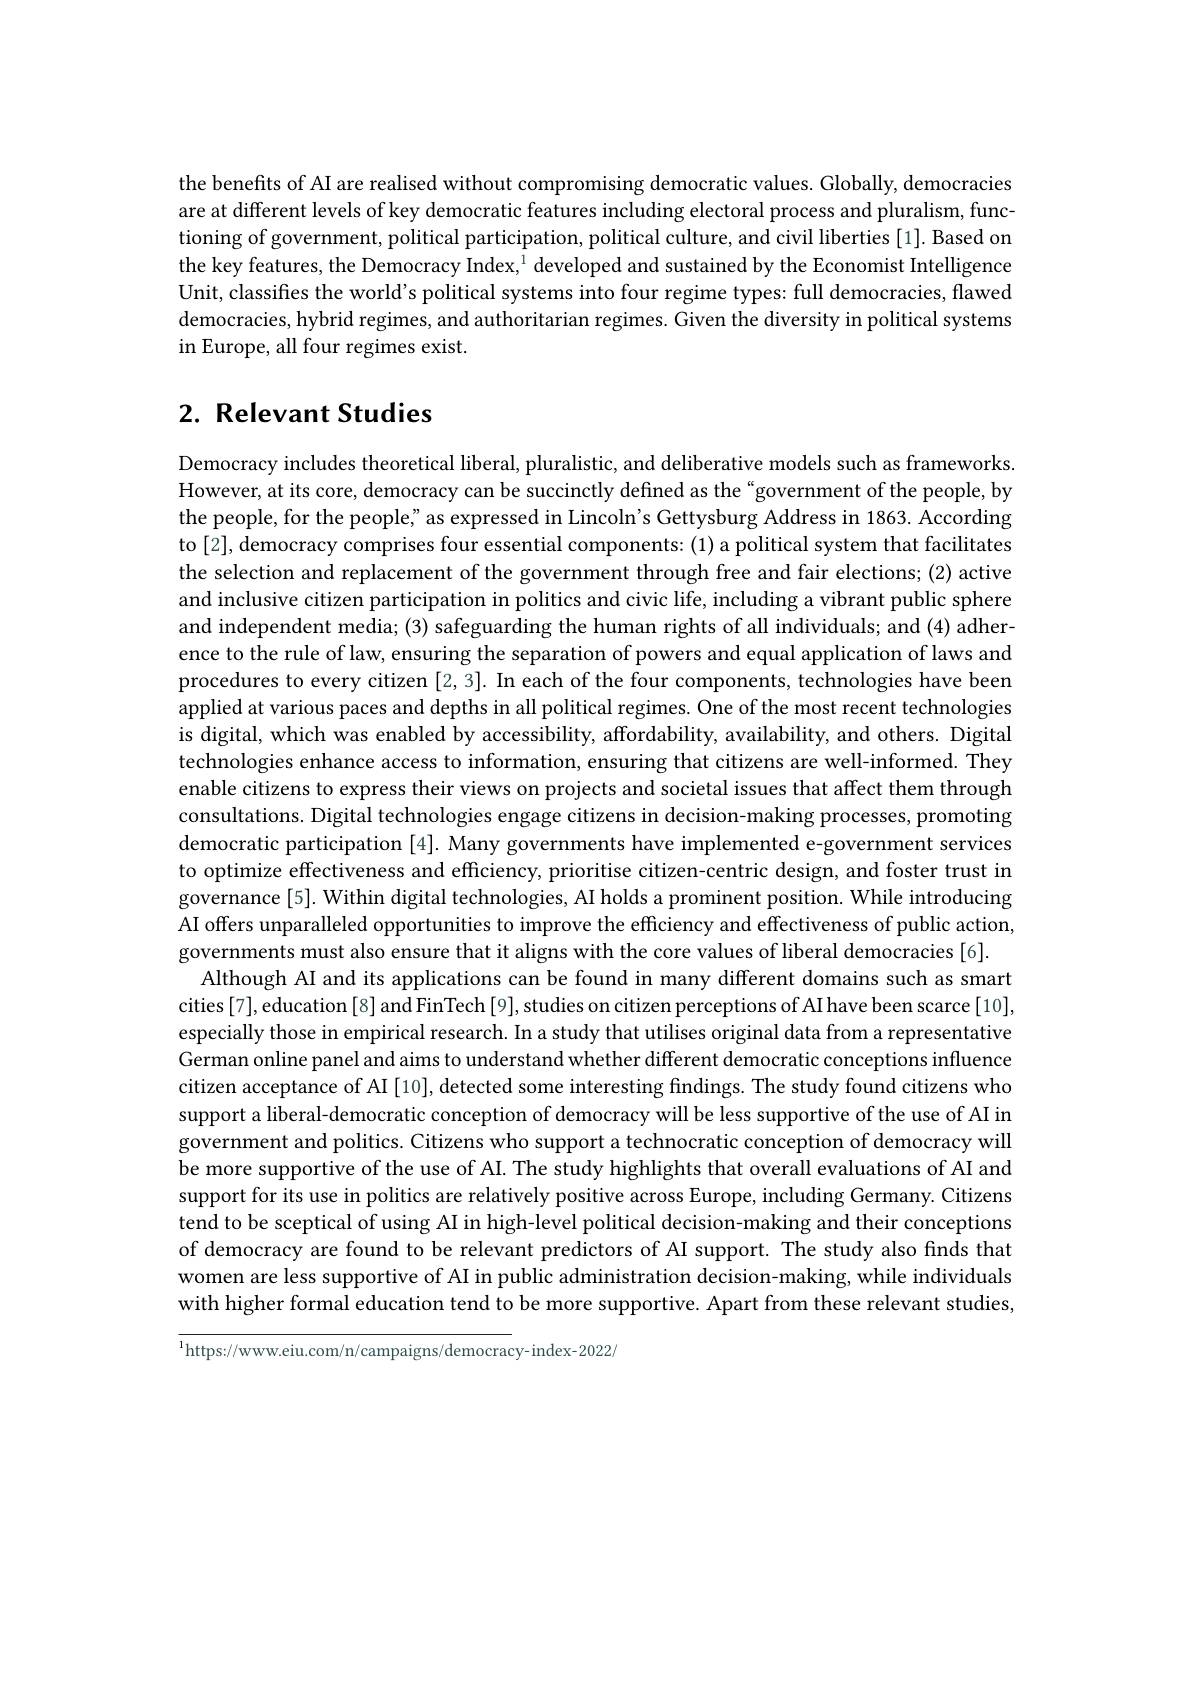
the benefits of AI are realised without compromising democratic values. Globally, democracies are at different levels of key democratic features including electoral process and pluralism, funce at different levels of key democratic features including electoral process and pluralism, funes prestin $(x)=0$ sting sting sting sting sting sting sting tioning of government, political participation, political culture, and civil liberties [1]. Based on the key features, the Democracy Index, $^1$ developed and sustained by the Economist Intelligence Unit, classifies the world's political systems into four regime types: full democracies, flawed democracies, hybrid regimes, and authoritarian regimes. Given the diversity in political systems in Europe, all four regimes exist.

# 2. Relevant Studies

Democracy includes theoretical liberal, pluralistic, and deliberative models such as frameworks. However, at its core, democracy can be succinctly defined as the "government of the people, by the people, for the people" as expressed in Lincoln's Gettysburg Address in 1863. According to [2], democracy comprises four essential components: (1) a political system that facilitates the selection and replacement of the government through free and fair elections; (2) active and inclusive citizen participation in politics and civic life, including a vibrant public sphere and independent media; (3) safeguarding the human rights of all individuals; and (4) adherence to the rule of law, ensuring the separation of powers and equal application of laws and procedures to every citizen [2,3]. In each of the four components, technologies have been applied at various paces and depths in all political regimes. One of the most recent technologies is digital, which was enabled by accessibility, affordability, availability, and others. Digital technologies enhance access to information, ensuring that citizens are well-informed. They enable citizens to express their views on projects and societal issues that affect them through consultations. Digital technologies engage citizens in decision-making processes, promoting democratic participation [4]. Many governments have implemented e-government services to optimize effectiveness and effciency, prioritise citizen-centric design, and foster trust in governance[5]. Within digital technologies, AI holds a prominent position. While introducing AI offers unparalleled opportunities to improve the effciency and effectiveness of public action, governments must also ensure that it aligns with the core values of liberal democracies [6].
Although AI and its applications can be found in many different domains such as smart cities[7], education[8] and FinTech[9], studies on citizen perceptions of AI have been scarce[10], especially those in empirical research. In a study that utilises original data from a representative German online panel and aims to understand whether different democratic conceptions influence citizen acceptance of AI [10], detected some interesting findings. The study found citizens who support a liberal-democratic conception of democracy will be less supportive of the use of AI in government and politics. Citizens who support a technocratic conception of democracy will be more supportive of the use of AI. The study highlights that overall evaluations of AI and support for its use in politics are relatively positive across Europe, including Germany. Citizens tend to be sceptical of using AI in high-level political decision-making and their conceptions of democracy are found to be relevant predictors of AI support. The study also finds that women are less supportive of AI in public administration decision-making, while individuals with higher formal education tend to be more supportive. Apart from these relevant studies,

$^{1}$https: / / www. eiu. com/ n/ campaigns/ democracy- index- 2022/